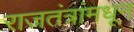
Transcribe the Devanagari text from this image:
राजतंत्रांमधून